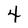
Character: 4